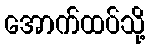
အောက်ထပ်သို့